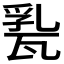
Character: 𤭤